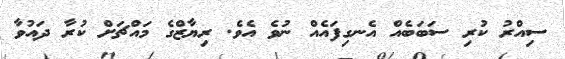
ސިއްރު ކުރި ސަބަބެއް އެނގިފައެއް ނުވެ އެވެ. ރިޔާޒްގެ މައްޗަށް ކުރާ ދައުވާ